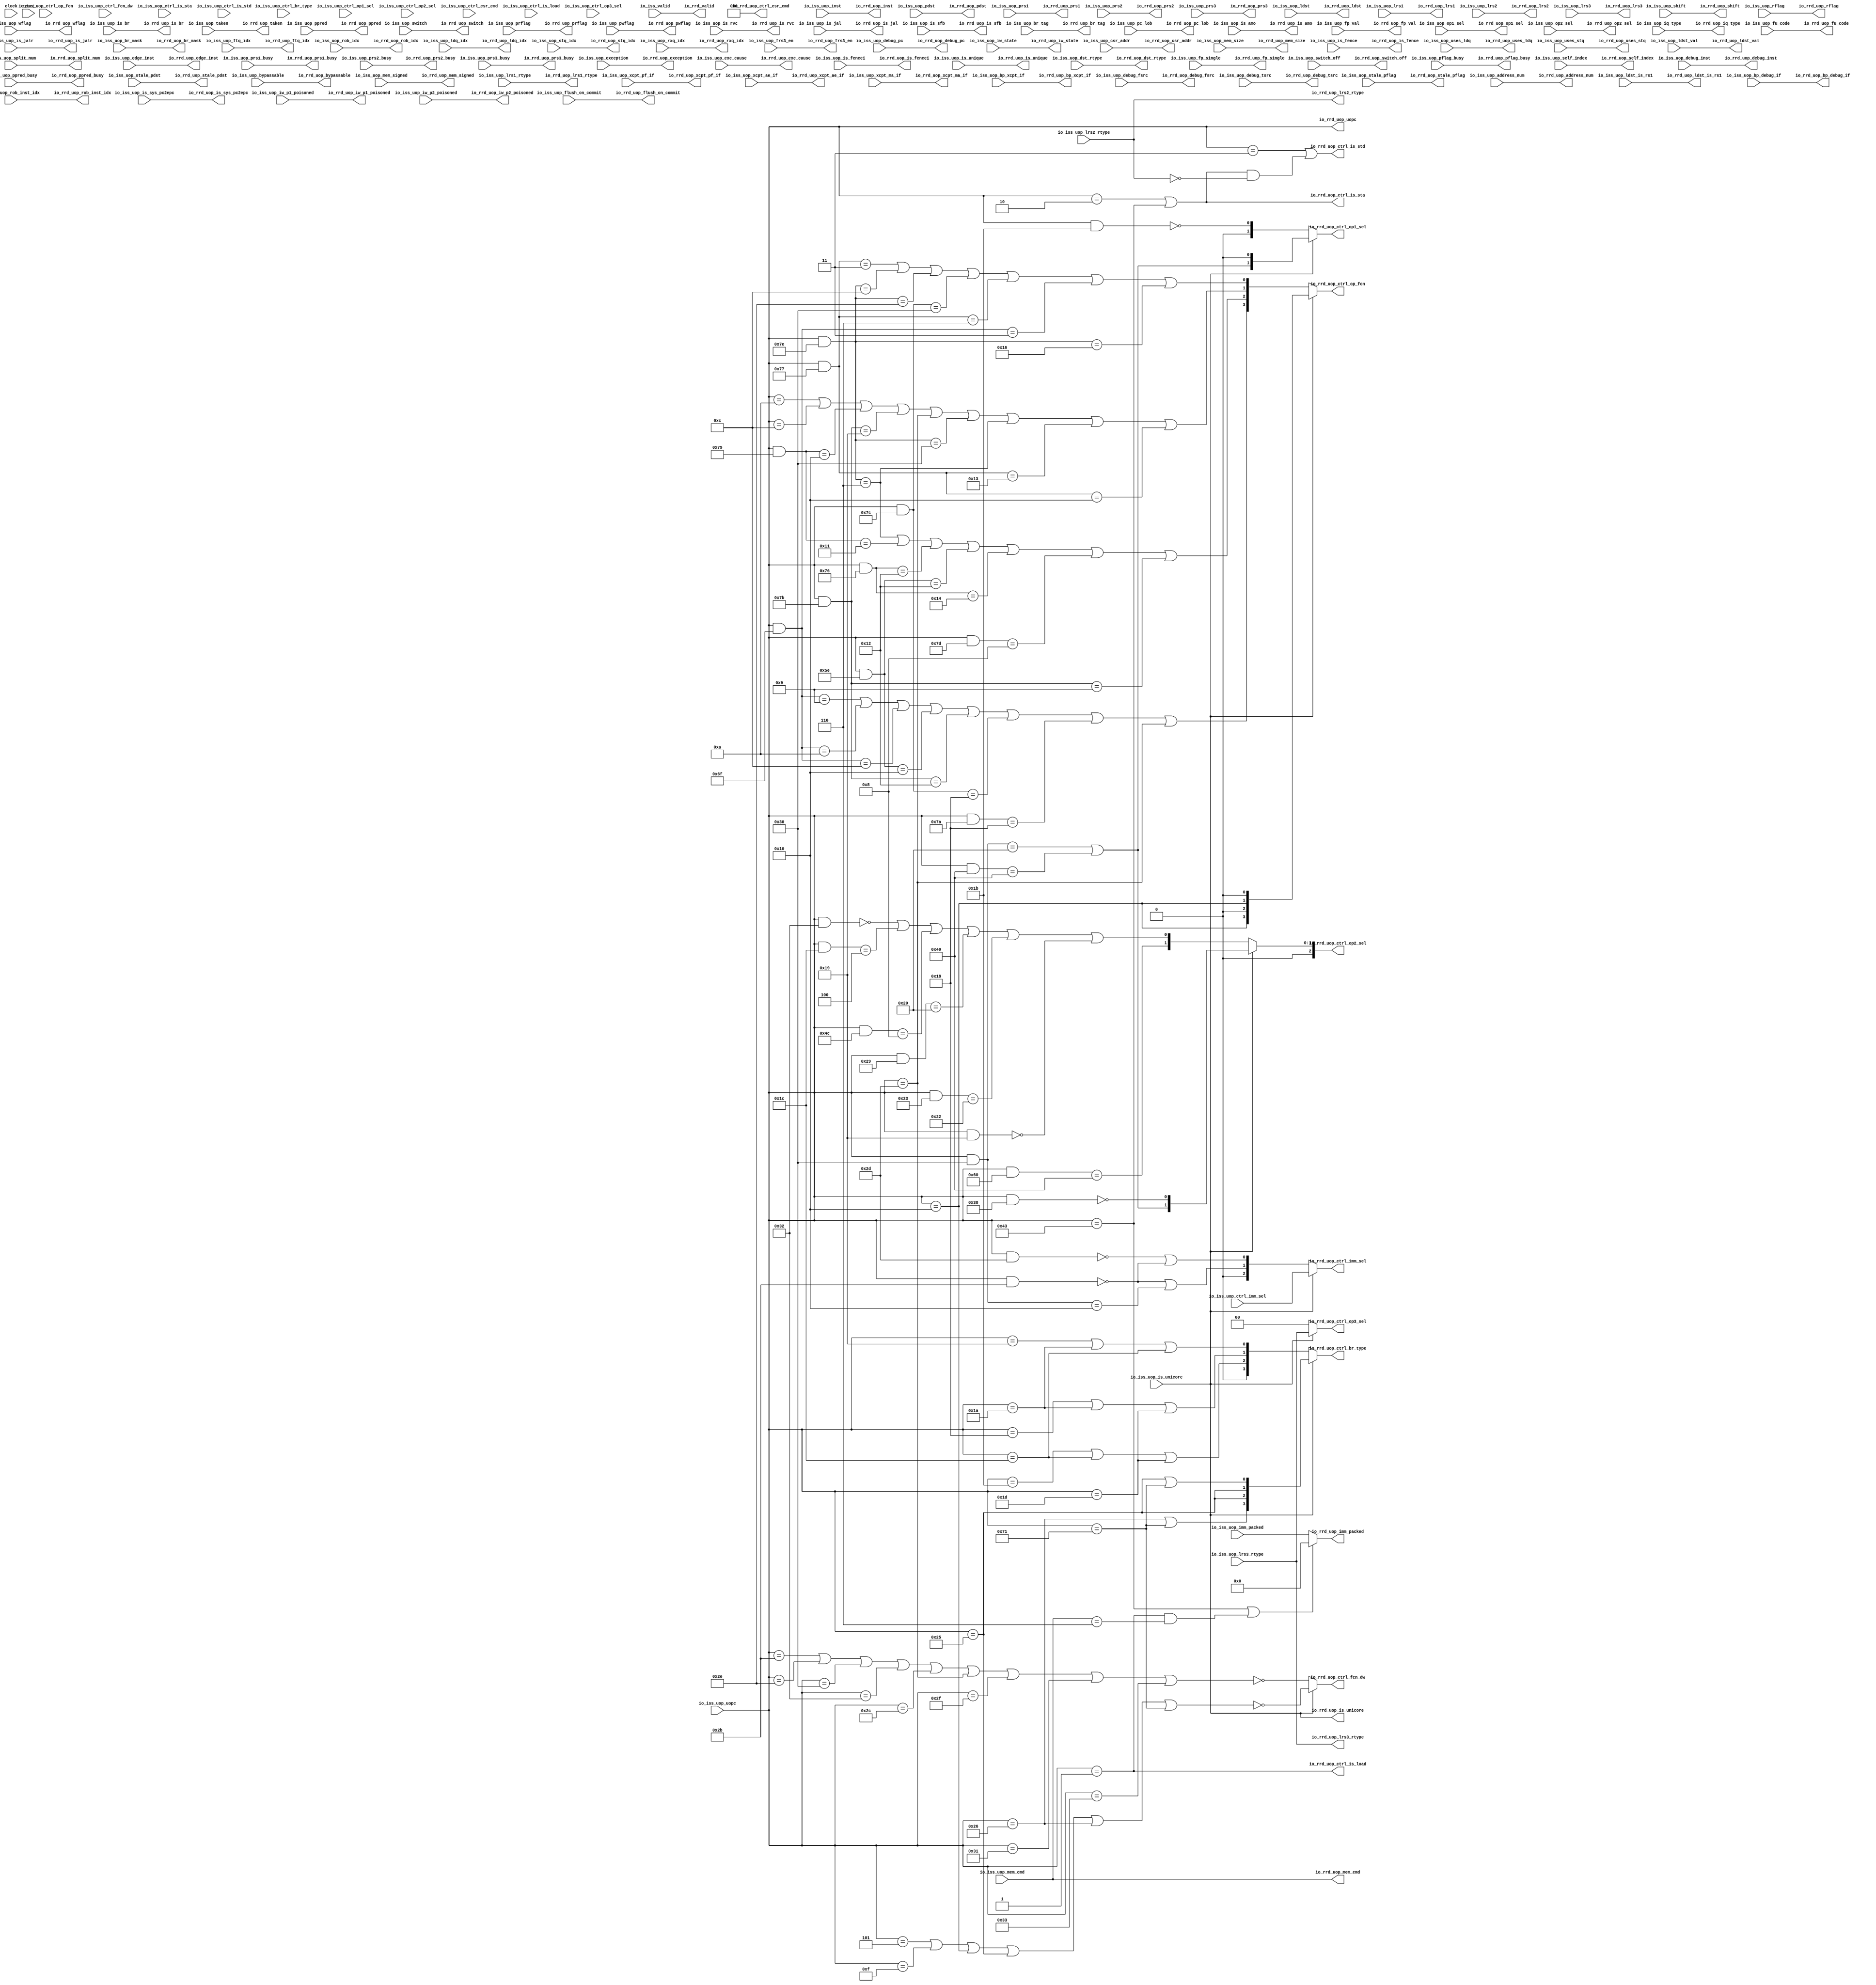
module RegisterReadDecode_1(
  input         clock,
  input         reset,
  input         io_iss_valid,
  input         io_iss_uop_switch,
  input         io_iss_uop_switch_off,
  input         io_iss_uop_is_unicore,
  input  [2:0]  io_iss_uop_shift,
  input  [1:0]  io_iss_uop_lrs3_rtype,
  input         io_iss_uop_rflag,
  input         io_iss_uop_wflag,
  input  [3:0]  io_iss_uop_prflag,
  input  [3:0]  io_iss_uop_pwflag,
  input         io_iss_uop_pflag_busy,
  input  [3:0]  io_iss_uop_stale_pflag,
  input  [3:0]  io_iss_uop_op1_sel,
  input  [3:0]  io_iss_uop_op2_sel,
  input  [5:0]  io_iss_uop_split_num,
  input  [5:0]  io_iss_uop_self_index,
  input  [5:0]  io_iss_uop_rob_inst_idx,
  input  [5:0]  io_iss_uop_address_num,
  input  [6:0]  io_iss_uop_uopc,
  input  [31:0] io_iss_uop_inst,
  input  [31:0] io_iss_uop_debug_inst,
  input         io_iss_uop_is_rvc,
  input  [39:0] io_iss_uop_debug_pc,
  input  [2:0]  io_iss_uop_iq_type,
  input  [9:0]  io_iss_uop_fu_code,
  input  [3:0]  io_iss_uop_ctrl_br_type,
  input  [1:0]  io_iss_uop_ctrl_op1_sel,
  input  [2:0]  io_iss_uop_ctrl_op2_sel,
  input  [2:0]  io_iss_uop_ctrl_imm_sel,
  input  [3:0]  io_iss_uop_ctrl_op_fcn,
  input         io_iss_uop_ctrl_fcn_dw,
  input  [2:0]  io_iss_uop_ctrl_csr_cmd,
  input         io_iss_uop_ctrl_is_load,
  input         io_iss_uop_ctrl_is_sta,
  input         io_iss_uop_ctrl_is_std,
  input  [1:0]  io_iss_uop_ctrl_op3_sel,
  input  [1:0]  io_iss_uop_iw_state,
  input         io_iss_uop_iw_p1_poisoned,
  input         io_iss_uop_iw_p2_poisoned,
  input         io_iss_uop_is_br,
  input         io_iss_uop_is_jalr,
  input         io_iss_uop_is_jal,
  input         io_iss_uop_is_sfb,
  input  [11:0] io_iss_uop_br_mask,
  input  [3:0]  io_iss_uop_br_tag,
  input  [4:0]  io_iss_uop_ftq_idx,
  input         io_iss_uop_edge_inst,
  input  [5:0]  io_iss_uop_pc_lob,
  input         io_iss_uop_taken,
  input  [19:0] io_iss_uop_imm_packed,
  input  [11:0] io_iss_uop_csr_addr,
  input  [5:0]  io_iss_uop_rob_idx,
  input  [4:0]  io_iss_uop_ldq_idx,
  input  [4:0]  io_iss_uop_stq_idx,
  input  [1:0]  io_iss_uop_rxq_idx,
  input  [6:0]  io_iss_uop_pdst,
  input  [6:0]  io_iss_uop_prs1,
  input  [6:0]  io_iss_uop_prs2,
  input  [6:0]  io_iss_uop_prs3,
  input  [4:0]  io_iss_uop_ppred,
  input         io_iss_uop_prs1_busy,
  input         io_iss_uop_prs2_busy,
  input         io_iss_uop_prs3_busy,
  input         io_iss_uop_ppred_busy,
  input  [6:0]  io_iss_uop_stale_pdst,
  input         io_iss_uop_exception,
  input  [63:0] io_iss_uop_exc_cause,
  input         io_iss_uop_bypassable,
  input  [4:0]  io_iss_uop_mem_cmd,
  input  [1:0]  io_iss_uop_mem_size,
  input         io_iss_uop_mem_signed,
  input         io_iss_uop_is_fence,
  input         io_iss_uop_is_fencei,
  input         io_iss_uop_is_amo,
  input         io_iss_uop_uses_ldq,
  input         io_iss_uop_uses_stq,
  input         io_iss_uop_is_sys_pc2epc,
  input         io_iss_uop_is_unique,
  input         io_iss_uop_flush_on_commit,
  input         io_iss_uop_ldst_is_rs1,
  input  [5:0]  io_iss_uop_ldst,
  input  [5:0]  io_iss_uop_lrs1,
  input  [5:0]  io_iss_uop_lrs2,
  input  [5:0]  io_iss_uop_lrs3,
  input         io_iss_uop_ldst_val,
  input  [1:0]  io_iss_uop_dst_rtype,
  input  [1:0]  io_iss_uop_lrs1_rtype,
  input  [1:0]  io_iss_uop_lrs2_rtype,
  input         io_iss_uop_frs3_en,
  input         io_iss_uop_fp_val,
  input         io_iss_uop_fp_single,
  input         io_iss_uop_xcpt_pf_if,
  input         io_iss_uop_xcpt_ae_if,
  input         io_iss_uop_xcpt_ma_if,
  input         io_iss_uop_bp_debug_if,
  input         io_iss_uop_bp_xcpt_if,
  input  [1:0]  io_iss_uop_debug_fsrc,
  input  [1:0]  io_iss_uop_debug_tsrc,
  output        io_rrd_valid,
  output        io_rrd_uop_switch,
  output        io_rrd_uop_switch_off,
  output        io_rrd_uop_is_unicore,
  output [2:0]  io_rrd_uop_shift,
  output [1:0]  io_rrd_uop_lrs3_rtype,
  output        io_rrd_uop_rflag,
  output        io_rrd_uop_wflag,
  output [3:0]  io_rrd_uop_prflag,
  output [3:0]  io_rrd_uop_pwflag,
  output        io_rrd_uop_pflag_busy,
  output [3:0]  io_rrd_uop_stale_pflag,
  output [3:0]  io_rrd_uop_op1_sel,
  output [3:0]  io_rrd_uop_op2_sel,
  output [5:0]  io_rrd_uop_split_num,
  output [5:0]  io_rrd_uop_self_index,
  output [5:0]  io_rrd_uop_rob_inst_idx,
  output [5:0]  io_rrd_uop_address_num,
  output [6:0]  io_rrd_uop_uopc,
  output [31:0] io_rrd_uop_inst,
  output [31:0] io_rrd_uop_debug_inst,
  output        io_rrd_uop_is_rvc,
  output [39:0] io_rrd_uop_debug_pc,
  output [2:0]  io_rrd_uop_iq_type,
  output [9:0]  io_rrd_uop_fu_code,
  output [3:0]  io_rrd_uop_ctrl_br_type,
  output [1:0]  io_rrd_uop_ctrl_op1_sel,
  output [2:0]  io_rrd_uop_ctrl_op2_sel,
  output [2:0]  io_rrd_uop_ctrl_imm_sel,
  output [3:0]  io_rrd_uop_ctrl_op_fcn,
  output        io_rrd_uop_ctrl_fcn_dw,
  output [2:0]  io_rrd_uop_ctrl_csr_cmd,
  output        io_rrd_uop_ctrl_is_load,
  output        io_rrd_uop_ctrl_is_sta,
  output        io_rrd_uop_ctrl_is_std,
  output [1:0]  io_rrd_uop_ctrl_op3_sel,
  output [1:0]  io_rrd_uop_iw_state,
  output        io_rrd_uop_iw_p1_poisoned,
  output        io_rrd_uop_iw_p2_poisoned,
  output        io_rrd_uop_is_br,
  output        io_rrd_uop_is_jalr,
  output        io_rrd_uop_is_jal,
  output        io_rrd_uop_is_sfb,
  output [11:0] io_rrd_uop_br_mask,
  output [3:0]  io_rrd_uop_br_tag,
  output [4:0]  io_rrd_uop_ftq_idx,
  output        io_rrd_uop_edge_inst,
  output [5:0]  io_rrd_uop_pc_lob,
  output        io_rrd_uop_taken,
  output [19:0] io_rrd_uop_imm_packed,
  output [11:0] io_rrd_uop_csr_addr,
  output [5:0]  io_rrd_uop_rob_idx,
  output [4:0]  io_rrd_uop_ldq_idx,
  output [4:0]  io_rrd_uop_stq_idx,
  output [1:0]  io_rrd_uop_rxq_idx,
  output [6:0]  io_rrd_uop_pdst,
  output [6:0]  io_rrd_uop_prs1,
  output [6:0]  io_rrd_uop_prs2,
  output [6:0]  io_rrd_uop_prs3,
  output [4:0]  io_rrd_uop_ppred,
  output        io_rrd_uop_prs1_busy,
  output        io_rrd_uop_prs2_busy,
  output        io_rrd_uop_prs3_busy,
  output        io_rrd_uop_ppred_busy,
  output [6:0]  io_rrd_uop_stale_pdst,
  output        io_rrd_uop_exception,
  output [63:0] io_rrd_uop_exc_cause,
  output        io_rrd_uop_bypassable,
  output [4:0]  io_rrd_uop_mem_cmd,
  output [1:0]  io_rrd_uop_mem_size,
  output        io_rrd_uop_mem_signed,
  output        io_rrd_uop_is_fence,
  output        io_rrd_uop_is_fencei,
  output        io_rrd_uop_is_amo,
  output        io_rrd_uop_uses_ldq,
  output        io_rrd_uop_uses_stq,
  output        io_rrd_uop_is_sys_pc2epc,
  output        io_rrd_uop_is_unique,
  output        io_rrd_uop_flush_on_commit,
  output        io_rrd_uop_ldst_is_rs1,
  output [5:0]  io_rrd_uop_ldst,
  output [5:0]  io_rrd_uop_lrs1,
  output [5:0]  io_rrd_uop_lrs2,
  output [5:0]  io_rrd_uop_lrs3,
  output        io_rrd_uop_ldst_val,
  output [1:0]  io_rrd_uop_dst_rtype,
  output [1:0]  io_rrd_uop_lrs1_rtype,
  output [1:0]  io_rrd_uop_lrs2_rtype,
  output        io_rrd_uop_frs3_en,
  output        io_rrd_uop_fp_val,
  output        io_rrd_uop_fp_single,
  output        io_rrd_uop_xcpt_pf_if,
  output        io_rrd_uop_xcpt_ae_if,
  output        io_rrd_uop_xcpt_ma_if,
  output        io_rrd_uop_bp_debug_if,
  output        io_rrd_uop_bp_xcpt_if,
  output [1:0]  io_rrd_uop_debug_fsrc,
  output [1:0]  io_rrd_uop_debug_tsrc
);
  wire  _bit_T = io_rrd_uop_uopc == 7'h19; // @[Decode.scala 14:121]
  wire  _bit_T_1 = io_rrd_uop_uopc == 7'h1a; // @[Decode.scala 14:121]
  wire  _bit_T_2 = io_rrd_uop_uopc == 7'h1c; // @[Decode.scala 14:121]
  wire  lo_lo = _bit_T | _bit_T_1 | _bit_T_2; // @[Decode.scala 15:30]
  wire  _bit_T_5 = io_rrd_uop_uopc == 7'h18; // @[Decode.scala 14:121]
  wire  _bit_T_6 = io_rrd_uop_uopc == 7'h1d; // @[Decode.scala 14:121]
  wire  lo_hi = _bit_T_5 | _bit_T_1 | _bit_T_6; // @[Decode.scala 15:30]
  wire  _bit_T_9 = io_rrd_uop_uopc == 7'h1b; // @[Decode.scala 14:121]
  wire  hi_lo = _bit_T_9 | _bit_T_2 | _bit_T_6; // @[Decode.scala 15:30]
  wire [3:0] rrd_cs_riscv_br_type = {1'h0,hi_lo,lo_hi,lo_lo}; // @[Cat.scala 30:58]
  wire  _bit_T_12 = io_rrd_uop_uopc == 7'h1; // @[Decode.scala 14:121]
  wire  _bit_T_13 = io_rrd_uop_uopc == 7'h2; // @[Decode.scala 14:121]
  wire  _bit_T_14 = io_rrd_uop_uopc == 7'h3; // @[Decode.scala 14:121]
  wire  _bit_T_16 = io_rrd_uop_uopc == 7'h43; // @[Decode.scala 14:121]
  wire [6:0] _bit_T_25 = io_rrd_uop_uopc & 7'h77; // @[Decode.scala 14:65]
  wire  _bit_T_26 = _bit_T_25 == 7'h3; // @[Decode.scala 14:121]
  wire [6:0] _bit_T_27 = io_rrd_uop_uopc & 7'h7e; // @[Decode.scala 14:65]
  wire  _bit_T_28 = _bit_T_27 == 7'hc; // @[Decode.scala 14:121]
  wire  _bit_T_30 = _bit_T_27 == 7'h2e; // @[Decode.scala 14:121]
  wire [6:0] _bit_T_31 = io_rrd_uop_uopc & 7'h7c; // @[Decode.scala 14:65]
  wire  _bit_T_32 = _bit_T_31 == 7'h30; // @[Decode.scala 14:121]
  wire  _bit_T_34 = _bit_T_25 == 7'h6; // @[Decode.scala 14:121]
  wire [6:0] _bit_T_35 = io_rrd_uop_uopc & 7'h6f; // @[Decode.scala 14:65]
  wire  _bit_T_36 = _bit_T_35 == 7'h3; // @[Decode.scala 14:121]
  wire  _bit_T_38 = _bit_T_27 == 7'h16; // @[Decode.scala 14:121]
  wire  lo_lo_1 = _bit_T_26 | _bit_T_28 | _bit_T_30 | _bit_T_32 | _bit_T_34 | _bit_T_36 | _bit_T_38; // @[Decode.scala 15:30]
  wire  _bit_T_45 = io_rrd_uop_uopc == 7'ha; // @[Decode.scala 14:121]
  wire  _bit_T_46 = io_rrd_uop_uopc == 7'hc; // @[Decode.scala 14:121]
  wire [6:0] _bit_T_47 = io_rrd_uop_uopc & 7'h79; // @[Decode.scala 14:65]
  wire  _bit_T_48 = _bit_T_47 == 7'h10; // @[Decode.scala 14:121]
  wire [6:0] _bit_T_49 = io_rrd_uop_uopc & 7'h7b; // @[Decode.scala 14:65]
  wire  _bit_T_50 = _bit_T_49 == 7'h19; // @[Decode.scala 14:121]
  wire  _bit_T_51 = io_rrd_uop_uopc == 7'h2d; // @[Decode.scala 14:121]
  wire  _bit_T_53 = _bit_T_27 == 7'h30; // @[Decode.scala 14:121]
  wire  _bit_T_55 = _bit_T_27 == 7'h6; // @[Decode.scala 14:121]
  wire  _bit_T_57 = _bit_T_25 == 7'h13; // @[Decode.scala 14:121]
  wire  _bit_T_59 = _bit_T_25 == 7'h10; // @[Decode.scala 14:121]
  wire  lo_hi_1 = _bit_T_45 | _bit_T_46 | _bit_T_48 | _bit_T_50 | _bit_T_51 | _bit_T_53 | _bit_T_55 | _bit_T_57 |
    _bit_T_59; // @[Decode.scala 15:30]
  wire  _bit_T_69 = _bit_T_47 == 7'h11; // @[Decode.scala 14:121]
  wire [6:0] _bit_T_70 = io_rrd_uop_uopc & 7'h76; // @[Decode.scala 14:65]
  wire  _bit_T_71 = _bit_T_70 == 7'h12; // @[Decode.scala 14:121]
  wire [6:0] _bit_T_72 = io_rrd_uop_uopc & 7'h5e; // @[Decode.scala 14:65]
  wire  _bit_T_73 = _bit_T_72 == 7'h12; // @[Decode.scala 14:121]
  wire  _bit_T_75 = _bit_T_70 == 7'h14; // @[Decode.scala 14:121]
  wire [6:0] _bit_T_76 = io_rrd_uop_uopc & 7'h7d; // @[Decode.scala 14:65]
  wire  _bit_T_77 = _bit_T_76 == 7'h8; // @[Decode.scala 14:121]
  wire  _bit_T_79 = _bit_T_49 == 7'h9; // @[Decode.scala 14:121]
  wire  hi_lo_1 = _bit_T_55 | _bit_T_69 | _bit_T_71 | _bit_T_73 | _bit_T_75 | _bit_T_77 | _bit_T_79; // @[Decode.scala 15:30]
  wire  _bit_T_87 = _bit_T_35 == 7'h9; // @[Decode.scala 14:121]
  wire  _bit_T_89 = _bit_T_35 == 7'ha; // @[Decode.scala 14:121]
  wire  _bit_T_91 = _bit_T_35 == 7'hc; // @[Decode.scala 14:121]
  wire  _bit_T_93 = _bit_T_72 == 7'h10; // @[Decode.scala 14:121]
  wire  _bit_T_95 = _bit_T_49 == 7'h12; // @[Decode.scala 14:121]
  wire  _bit_T_97 = _bit_T_31 == 7'h18; // @[Decode.scala 14:121]
  wire [6:0] _bit_T_98 = io_rrd_uop_uopc & 7'h7a; // @[Decode.scala 14:65]
  wire  _bit_T_99 = _bit_T_98 == 7'h18; // @[Decode.scala 14:121]
  wire  hi_hi = _bit_T_87 | _bit_T_89 | _bit_T_91 | _bit_T_93 | _bit_T_95 | _bit_T_97 | _bit_T_99 | _bit_T_51; // @[Decode.scala 15:30]
  wire [3:0] rrd_cs_riscv_op_fcn = {hi_hi,hi_lo_1,lo_hi_1,lo_lo_1}; // @[Cat.scala 30:58]
  wire  _bit_T_107 = io_rrd_uop_uopc == 7'h2b; // @[Decode.scala 14:121]
  wire  _bit_T_108 = io_rrd_uop_uopc == 7'h2e; // @[Decode.scala 14:121]
  wire  _bit_T_109 = io_rrd_uop_uopc == 7'h30; // @[Decode.scala 14:121]
  wire  _bit_T_110 = io_rrd_uop_uopc == 7'h32; // @[Decode.scala 14:121]
  wire  _bit_T_111 = io_rrd_uop_uopc == 7'h2c; // @[Decode.scala 14:121]
  wire  _bit_T_112 = io_rrd_uop_uopc == 7'h2f; // @[Decode.scala 14:121]
  wire  _bit_T_113 = io_rrd_uop_uopc == 7'h31; // @[Decode.scala 14:121]
  wire  _bit_T_114 = io_rrd_uop_uopc == 7'h33; // @[Decode.scala 14:121]
  wire  bit_2 = _bit_T_107 | _bit_T_108 | _bit_T_109 | _bit_T_110 | _bit_T_111 | _bit_T_51 | _bit_T_112 | _bit_T_113 |
    _bit_T_114; // @[Decode.scala 15:30]
  wire  rrd_cs_riscv_fcn_dw = ~bit_2; // @[Decode.scala 40:35]
  wire [6:0] _T_4 = io_rrd_uop_uopc & 7'h1b; // @[Decode.scala 14:65]
  wire  lo_2 = _T_4 == 7'h0; // @[Decode.scala 14:121]
  wire [1:0] rrd_cs_riscv_op1_sel = {1'h0,lo_2}; // @[Cat.scala 30:58]
  wire [6:0] _T_7 = io_rrd_uop_uopc & 7'h32; // @[Decode.scala 14:65]
  wire  _T_8 = _T_7 == 7'h0; // @[Decode.scala 14:121]
  wire [6:0] _T_9 = io_rrd_uop_uopc & 7'h1c; // @[Decode.scala 14:65]
  wire  _T_10 = _T_9 == 7'h4; // @[Decode.scala 14:121]
  wire [6:0] _T_11 = io_rrd_uop_uopc & 7'h4c; // @[Decode.scala 14:65]
  wire  _T_12 = _T_11 == 7'h8; // @[Decode.scala 14:121]
  wire [6:0] _T_13 = io_rrd_uop_uopc & 7'h29; // @[Decode.scala 14:65]
  wire  _T_14 = _T_13 == 7'h20; // @[Decode.scala 14:121]
  wire [6:0] _T_15 = io_rrd_uop_uopc & 7'h23; // @[Decode.scala 14:65]
  wire  _T_16 = _T_15 == 7'h22; // @[Decode.scala 14:121]
  wire [6:0] _T_17 = io_rrd_uop_uopc & 7'h19; // @[Decode.scala 14:65]
  wire  _T_18 = _T_17 == 7'h0; // @[Decode.scala 14:121]
  wire  lo_3 = _T_8 | _T_10 | _T_12 | _T_14 | _T_16 | _T_18; // @[Decode.scala 15:30]
  wire [6:0] _T_24 = io_rrd_uop_uopc & 7'h60; // @[Decode.scala 14:65]
  wire  hi_lo_2 = _T_24 == 7'h40; // @[Decode.scala 14:121]
  wire [2:0] rrd_cs_riscv_op2_sel = {1'h0,hi_lo_2,lo_3}; // @[Cat.scala 30:58]
  wire [6:0] _T_27 = io_rrd_uop_uopc & 7'h2d; // @[Decode.scala 14:65]
  wire  _T_28 = _T_27 == 7'h0; // @[Decode.scala 14:121]
  wire [6:0] _T_29 = io_rrd_uop_uopc & 7'h2b; // @[Decode.scala 14:65]
  wire  _T_30 = _T_29 == 7'h0; // @[Decode.scala 14:121]
  wire  lo_4 = _T_28 | _T_30; // @[Decode.scala 15:30]
  wire [6:0] _T_32 = io_rrd_uop_uopc & 7'h30; // @[Decode.scala 14:65]
  wire  _T_33 = _T_32 == 7'h10; // @[Decode.scala 14:121]
  wire  hi_lo_3 = _T_30 | _T_33; // @[Decode.scala 15:30]
  wire [2:0] rrd_cs_riscv_imm_sel = {1'h0,hi_lo_3,lo_4}; // @[Cat.scala 30:58]
  wire  _bit_T_124 = io_rrd_uop_uopc == 7'h5; // @[Decode.scala 14:121]
  wire  _bit_T_131 = io_rrd_uop_uopc == 7'hf; // @[Decode.scala 14:121]
  wire  lo_hi_3 = io_rrd_uop_uopc == 7'h10; // @[Decode.scala 14:121]
  wire  lo_hi_2 = io_rrd_uop_uopc == 7'h25; // @[Decode.scala 14:121]
  wire  _bit_T_170 = io_rrd_uop_uopc == 7'h71; // @[Decode.scala 14:121]
  wire  lo_lo_2 = lo_hi_2 | _bit_T_170; // @[Decode.scala 15:30]
  wire  _bit_T_172 = io_rrd_uop_uopc == 7'h26; // @[Decode.scala 14:121]
  wire  hi_hi_1 = _bit_T_172 | _bit_T_170; // @[Decode.scala 15:30]
  wire [3:0] rrd_cs_unicore_br_type = {hi_hi_1,lo_hi_2,lo_hi_2,lo_lo_2}; // @[Cat.scala 30:58]
  wire [3:0] rrd_cs_unicore_op_fcn = {lo_hi_3,1'h0,lo_hi_3,1'h0}; // @[Cat.scala 30:58]
  wire  bit_6 = _bit_T_124 | _bit_T_131 | lo_hi_3 | lo_hi_2 | _bit_T_172 | _bit_T_170; // @[Decode.scala 15:30]
  wire  rrd_cs_unicore_fcn_dw = ~bit_6; // @[Decode.scala 40:35]
  wire  _T_42 = _T_32 == 7'h20; // @[Decode.scala 14:121]
  wire [6:0] _T_43 = io_rrd_uop_uopc & 7'h40; // @[Decode.scala 14:65]
  wire  _T_44 = _T_43 == 7'h40; // @[Decode.scala 14:121]
  wire  hi_7 = _T_42 | _T_44; // @[Decode.scala 15:30]
  wire [1:0] rrd_cs_unicore_op1_sel = {hi_7,1'h0}; // @[Cat.scala 30:58]
  wire [6:0] _T_47 = io_rrd_uop_uopc & 7'h38; // @[Decode.scala 14:65]
  wire  lo_7 = _T_47 == 7'h0; // @[Decode.scala 14:121]
  wire [2:0] rrd_cs_unicore_op2_sel = {1'h0,hi_7,lo_7}; // @[Cat.scala 30:58]
  assign io_rrd_valid = io_iss_valid; // @[func-unit-decode.scala 467:16]
  assign io_rrd_uop_switch = io_iss_uop_switch; // @[func-unit-decode.scala 397:16]
  assign io_rrd_uop_switch_off = io_iss_uop_switch_off; // @[func-unit-decode.scala 397:16]
  assign io_rrd_uop_is_unicore = io_iss_uop_is_unicore; // @[func-unit-decode.scala 397:16]
  assign io_rrd_uop_shift = io_iss_uop_shift; // @[func-unit-decode.scala 397:16]
  assign io_rrd_uop_lrs3_rtype = io_iss_uop_lrs3_rtype; // @[func-unit-decode.scala 397:16]
  assign io_rrd_uop_rflag = io_iss_uop_rflag; // @[func-unit-decode.scala 397:16]
  assign io_rrd_uop_wflag = io_iss_uop_wflag; // @[func-unit-decode.scala 397:16]
  assign io_rrd_uop_prflag = io_iss_uop_prflag; // @[func-unit-decode.scala 397:16]
  assign io_rrd_uop_pwflag = io_iss_uop_pwflag; // @[func-unit-decode.scala 397:16]
  assign io_rrd_uop_pflag_busy = io_iss_uop_pflag_busy; // @[func-unit-decode.scala 397:16]
  assign io_rrd_uop_stale_pflag = io_iss_uop_stale_pflag; // @[func-unit-decode.scala 397:16]
  assign io_rrd_uop_op1_sel = io_iss_uop_op1_sel; // @[func-unit-decode.scala 397:16]
  assign io_rrd_uop_op2_sel = io_iss_uop_op2_sel; // @[func-unit-decode.scala 397:16]
  assign io_rrd_uop_split_num = io_iss_uop_split_num; // @[func-unit-decode.scala 397:16]
  assign io_rrd_uop_self_index = io_iss_uop_self_index; // @[func-unit-decode.scala 397:16]
  assign io_rrd_uop_rob_inst_idx = io_iss_uop_rob_inst_idx; // @[func-unit-decode.scala 397:16]
  assign io_rrd_uop_address_num = io_iss_uop_address_num; // @[func-unit-decode.scala 397:16]
  assign io_rrd_uop_uopc = io_iss_uop_uopc; // @[func-unit-decode.scala 397:16]
  assign io_rrd_uop_inst = io_iss_uop_inst; // @[func-unit-decode.scala 397:16]
  assign io_rrd_uop_debug_inst = io_iss_uop_debug_inst; // @[func-unit-decode.scala 397:16]
  assign io_rrd_uop_is_rvc = io_iss_uop_is_rvc; // @[func-unit-decode.scala 397:16]
  assign io_rrd_uop_debug_pc = io_iss_uop_debug_pc; // @[func-unit-decode.scala 397:16]
  assign io_rrd_uop_iq_type = io_iss_uop_iq_type; // @[func-unit-decode.scala 397:16]
  assign io_rrd_uop_fu_code = io_iss_uop_fu_code; // @[func-unit-decode.scala 397:16]
  assign io_rrd_uop_ctrl_br_type = io_rrd_uop_is_unicore ? rrd_cs_unicore_br_type : rrd_cs_riscv_br_type; // @[func-unit-decode.scala 414:33]
  assign io_rrd_uop_ctrl_op1_sel = io_rrd_uop_is_unicore ? rrd_cs_unicore_op1_sel : rrd_cs_riscv_op1_sel; // @[func-unit-decode.scala 415:33]
  assign io_rrd_uop_ctrl_op2_sel = io_rrd_uop_is_unicore ? rrd_cs_unicore_op2_sel : rrd_cs_riscv_op2_sel; // @[func-unit-decode.scala 416:33]
  assign io_rrd_uop_ctrl_imm_sel = ~io_rrd_uop_is_unicore ? rrd_cs_riscv_imm_sel : io_iss_uop_ctrl_imm_sel; // @[func-unit-decode.scala 423:33 func-unit-decode.scala 424:29 func-unit-decode.scala 397:16]
  assign io_rrd_uop_ctrl_op_fcn = io_rrd_uop_is_unicore ? rrd_cs_unicore_op_fcn : rrd_cs_riscv_op_fcn; // @[func-unit-decode.scala 418:33]
  assign io_rrd_uop_ctrl_fcn_dw = io_rrd_uop_is_unicore ? rrd_cs_unicore_fcn_dw : rrd_cs_riscv_fcn_dw; // @[func-unit-decode.scala 419:33]
  assign io_rrd_uop_ctrl_csr_cmd = 3'h0; // @[func-unit-decode.scala 440:33]
  assign io_rrd_uop_ctrl_is_load = io_rrd_uop_uopc == 7'h1; // @[func-unit-decode.scala 434:46]
  assign io_rrd_uop_ctrl_is_sta = _bit_T_13 | _bit_T_16; // @[func-unit-decode.scala 435:57]
  assign io_rrd_uop_ctrl_is_std = _bit_T_14 | io_rrd_uop_ctrl_is_sta & io_rrd_uop_lrs2_rtype == 2'h0; // @[func-unit-decode.scala 436:57]
  assign io_rrd_uop_ctrl_op3_sel = io_rrd_uop_is_unicore ? io_rrd_uop_lrs3_rtype : 2'h0; // @[func-unit-decode.scala 420:33]
  assign io_rrd_uop_iw_state = io_iss_uop_iw_state; // @[func-unit-decode.scala 397:16]
  assign io_rrd_uop_iw_p1_poisoned = io_iss_uop_iw_p1_poisoned; // @[func-unit-decode.scala 397:16]
  assign io_rrd_uop_iw_p2_poisoned = io_iss_uop_iw_p2_poisoned; // @[func-unit-decode.scala 397:16]
  assign io_rrd_uop_is_br = io_iss_uop_is_br; // @[func-unit-decode.scala 397:16]
  assign io_rrd_uop_is_jalr = io_iss_uop_is_jalr; // @[func-unit-decode.scala 397:16]
  assign io_rrd_uop_is_jal = io_iss_uop_is_jal; // @[func-unit-decode.scala 397:16]
  assign io_rrd_uop_is_sfb = io_iss_uop_is_sfb; // @[func-unit-decode.scala 397:16]
  assign io_rrd_uop_br_mask = io_iss_uop_br_mask; // @[func-unit-decode.scala 397:16]
  assign io_rrd_uop_br_tag = io_iss_uop_br_tag; // @[func-unit-decode.scala 397:16]
  assign io_rrd_uop_ftq_idx = io_iss_uop_ftq_idx; // @[func-unit-decode.scala 397:16]
  assign io_rrd_uop_edge_inst = io_iss_uop_edge_inst; // @[func-unit-decode.scala 397:16]
  assign io_rrd_uop_pc_lob = io_iss_uop_pc_lob; // @[func-unit-decode.scala 397:16]
  assign io_rrd_uop_taken = io_iss_uop_taken; // @[func-unit-decode.scala 397:16]
  assign io_rrd_uop_imm_packed = _bit_T_16 | _bit_T_12 & io_rrd_uop_mem_cmd == 5'h6 ? 20'h0 : io_iss_uop_imm_packed; // @[func-unit-decode.scala 429:105 func-unit-decode.scala 430:27 func-unit-decode.scala 397:16]
  assign io_rrd_uop_csr_addr = io_iss_uop_csr_addr; // @[func-unit-decode.scala 397:16]
  assign io_rrd_uop_rob_idx = io_iss_uop_rob_idx; // @[func-unit-decode.scala 397:16]
  assign io_rrd_uop_ldq_idx = io_iss_uop_ldq_idx; // @[func-unit-decode.scala 397:16]
  assign io_rrd_uop_stq_idx = io_iss_uop_stq_idx; // @[func-unit-decode.scala 397:16]
  assign io_rrd_uop_rxq_idx = io_iss_uop_rxq_idx; // @[func-unit-decode.scala 397:16]
  assign io_rrd_uop_pdst = io_iss_uop_pdst; // @[func-unit-decode.scala 397:16]
  assign io_rrd_uop_prs1 = io_iss_uop_prs1; // @[func-unit-decode.scala 397:16]
  assign io_rrd_uop_prs2 = io_iss_uop_prs2; // @[func-unit-decode.scala 397:16]
  assign io_rrd_uop_prs3 = io_iss_uop_prs3; // @[func-unit-decode.scala 397:16]
  assign io_rrd_uop_ppred = io_iss_uop_ppred; // @[func-unit-decode.scala 397:16]
  assign io_rrd_uop_prs1_busy = io_iss_uop_prs1_busy; // @[func-unit-decode.scala 397:16]
  assign io_rrd_uop_prs2_busy = io_iss_uop_prs2_busy; // @[func-unit-decode.scala 397:16]
  assign io_rrd_uop_prs3_busy = io_iss_uop_prs3_busy; // @[func-unit-decode.scala 397:16]
  assign io_rrd_uop_ppred_busy = io_iss_uop_ppred_busy; // @[func-unit-decode.scala 397:16]
  assign io_rrd_uop_stale_pdst = io_iss_uop_stale_pdst; // @[func-unit-decode.scala 397:16]
  assign io_rrd_uop_exception = io_iss_uop_exception; // @[func-unit-decode.scala 397:16]
  assign io_rrd_uop_exc_cause = io_iss_uop_exc_cause; // @[func-unit-decode.scala 397:16]
  assign io_rrd_uop_bypassable = io_iss_uop_bypassable; // @[func-unit-decode.scala 397:16]
  assign io_rrd_uop_mem_cmd = io_iss_uop_mem_cmd; // @[func-unit-decode.scala 397:16]
  assign io_rrd_uop_mem_size = io_iss_uop_mem_size; // @[func-unit-decode.scala 397:16]
  assign io_rrd_uop_mem_signed = io_iss_uop_mem_signed; // @[func-unit-decode.scala 397:16]
  assign io_rrd_uop_is_fence = io_iss_uop_is_fence; // @[func-unit-decode.scala 397:16]
  assign io_rrd_uop_is_fencei = io_iss_uop_is_fencei; // @[func-unit-decode.scala 397:16]
  assign io_rrd_uop_is_amo = io_iss_uop_is_amo; // @[func-unit-decode.scala 397:16]
  assign io_rrd_uop_uses_ldq = io_iss_uop_uses_ldq; // @[func-unit-decode.scala 397:16]
  assign io_rrd_uop_uses_stq = io_iss_uop_uses_stq; // @[func-unit-decode.scala 397:16]
  assign io_rrd_uop_is_sys_pc2epc = io_iss_uop_is_sys_pc2epc; // @[func-unit-decode.scala 397:16]
  assign io_rrd_uop_is_unique = io_iss_uop_is_unique; // @[func-unit-decode.scala 397:16]
  assign io_rrd_uop_flush_on_commit = io_iss_uop_flush_on_commit; // @[func-unit-decode.scala 397:16]
  assign io_rrd_uop_ldst_is_rs1 = io_iss_uop_ldst_is_rs1; // @[func-unit-decode.scala 397:16]
  assign io_rrd_uop_ldst = io_iss_uop_ldst; // @[func-unit-decode.scala 397:16]
  assign io_rrd_uop_lrs1 = io_iss_uop_lrs1; // @[func-unit-decode.scala 397:16]
  assign io_rrd_uop_lrs2 = io_iss_uop_lrs2; // @[func-unit-decode.scala 397:16]
  assign io_rrd_uop_lrs3 = io_iss_uop_lrs3; // @[func-unit-decode.scala 397:16]
  assign io_rrd_uop_ldst_val = io_iss_uop_ldst_val; // @[func-unit-decode.scala 397:16]
  assign io_rrd_uop_dst_rtype = io_iss_uop_dst_rtype; // @[func-unit-decode.scala 397:16]
  assign io_rrd_uop_lrs1_rtype = io_iss_uop_lrs1_rtype; // @[func-unit-decode.scala 397:16]
  assign io_rrd_uop_lrs2_rtype = io_iss_uop_lrs2_rtype; // @[func-unit-decode.scala 397:16]
  assign io_rrd_uop_frs3_en = io_iss_uop_frs3_en; // @[func-unit-decode.scala 397:16]
  assign io_rrd_uop_fp_val = io_iss_uop_fp_val; // @[func-unit-decode.scala 397:16]
  assign io_rrd_uop_fp_single = io_iss_uop_fp_single; // @[func-unit-decode.scala 397:16]
  assign io_rrd_uop_xcpt_pf_if = io_iss_uop_xcpt_pf_if; // @[func-unit-decode.scala 397:16]
  assign io_rrd_uop_xcpt_ae_if = io_iss_uop_xcpt_ae_if; // @[func-unit-decode.scala 397:16]
  assign io_rrd_uop_xcpt_ma_if = io_iss_uop_xcpt_ma_if; // @[func-unit-decode.scala 397:16]
  assign io_rrd_uop_bp_debug_if = io_iss_uop_bp_debug_if; // @[func-unit-decode.scala 397:16]
  assign io_rrd_uop_bp_xcpt_if = io_iss_uop_bp_xcpt_if; // @[func-unit-decode.scala 397:16]
  assign io_rrd_uop_debug_fsrc = io_iss_uop_debug_fsrc; // @[func-unit-decode.scala 397:16]
  assign io_rrd_uop_debug_tsrc = io_iss_uop_debug_tsrc; // @[func-unit-decode.scala 397:16]
endmodule